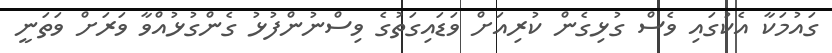
ގައުމަކާ އެކުގައި ވެސް ގުޅިގެން ކުރިއަށް ވަޑައިގަތުގެ ވިސްނުންފުޅު ގެންގުޅުއްވާ ވަރަށް ވަތަނީ